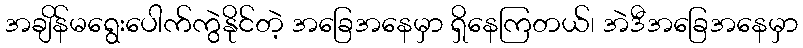
အချိန်မရွေးပေါက်ကွဲနိုင်တဲ့ အခြေအနေမှာ ရှိနေကြတယ်၊ အဲဒီအခြေအနေမှာ